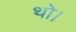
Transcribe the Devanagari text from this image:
थाे।